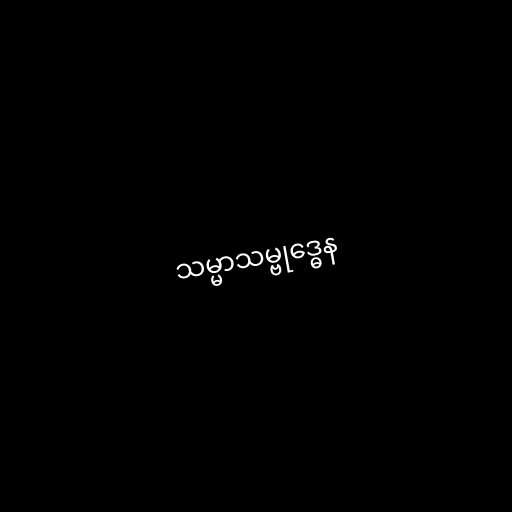
သမ္မာသမ္ဗုဒ္ဓေန